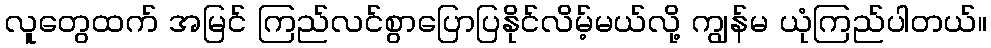
လူတွေထက် အမြင် ကြည်လင်စွာပြောပြနိုင်လိမ့်မယ်လို့ ကျွန်မ ယုံကြည်ပါတယ်။